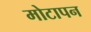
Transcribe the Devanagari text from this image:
मोटापन